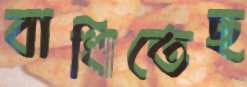
বাধিতেছ